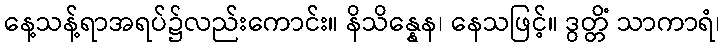
နေ့သန့်ရာအရပ်၌လည်းကောင်း။ နိသိန္နေန၊ နေသဖြင့်။ ဒွတ္တိံ သာကာရံ၊